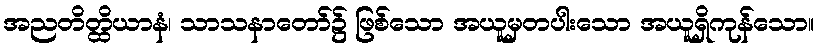
အညတိတ္ထိယာနံ၊ သာသနာတော်၌ ဖြစ်သော အယူမှတပါးသော အယူရှိကုန်သော။